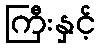
ကြီးနှင့်